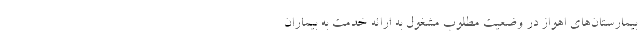
بیمارستان‌های اهواز در وضعیت مطلوب مشغول به ارائه خدمت به بیماران